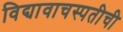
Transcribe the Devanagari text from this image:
विद्यावाचस्पतीची